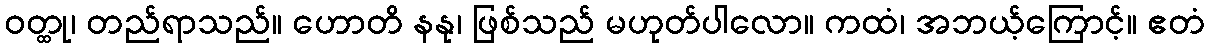
ဝတ္ထု၊ တည်ရာသည်။ ဟောတိ နနု၊ ဖြစ်သည် မဟုတ်ပါလော။ ကထံ၊ အဘယ့်ကြောင့်။ ဧတံ